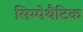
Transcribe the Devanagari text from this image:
सिम्पेथैटिक